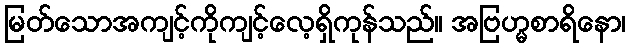
မြတ်သောအကျင့်ကိုကျင့်လေ့ရှိကုန်သည်။ အဗြဟ္မစာရိနော၊